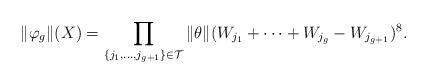
LaTeX: \begin{align*}\|\varphi_{g}\|(X)=\prod_{\lbrace j_{1},\dots,j_{g+1}\rbrace\in\mathcal{T}}\|\theta\|(W_{j_{1}}+\dots+W_{j_{g}}-W_{j_{g+1}})^{8}.\end{align*}